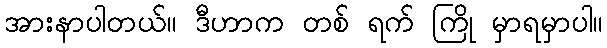
အားနာပါတယ်။ ဒီဟာက တစ် ရက် ကြို မှာရမှာပါ။